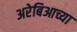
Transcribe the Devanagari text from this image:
अरेबिआच्या